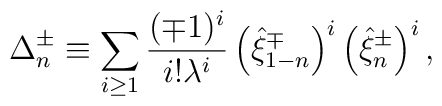
\Delta ^{\pm}_n\equiv \sum_{i\geq 1}^{} \frac{(\mp1)^{i}}{i!\lambda ^i}\left(\hat{\xi} ^{\mp}_{1-n}\right) ^i \left( \hat{\xi} ^{\pm}_n\right) ^i,